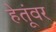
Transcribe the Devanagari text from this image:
हेतूंवर